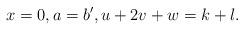
LaTeX: \begin{align*}x=0,a=b',u+2v+w=k+l.\end{align*}